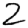
Digit: 2